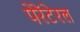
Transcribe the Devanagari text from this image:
पेरेंटेरल